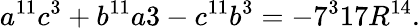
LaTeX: a^{11}c^{3}+b^{11}a{3}-c^{11}b^{3}=-7^{3}17R^{14}.